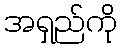
အရှည်ကို